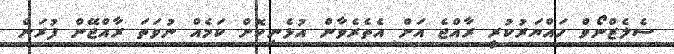
ސެލެޒްނޯވް ހައްޔަރުކުރީ ރާއްޖެ އަށް އެތެރެވާން އުޅެނިކޮށް ކަމެއް ނުވަތަ ރާއްޖޭން ފުރަން